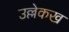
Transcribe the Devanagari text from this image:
उल्लेकख